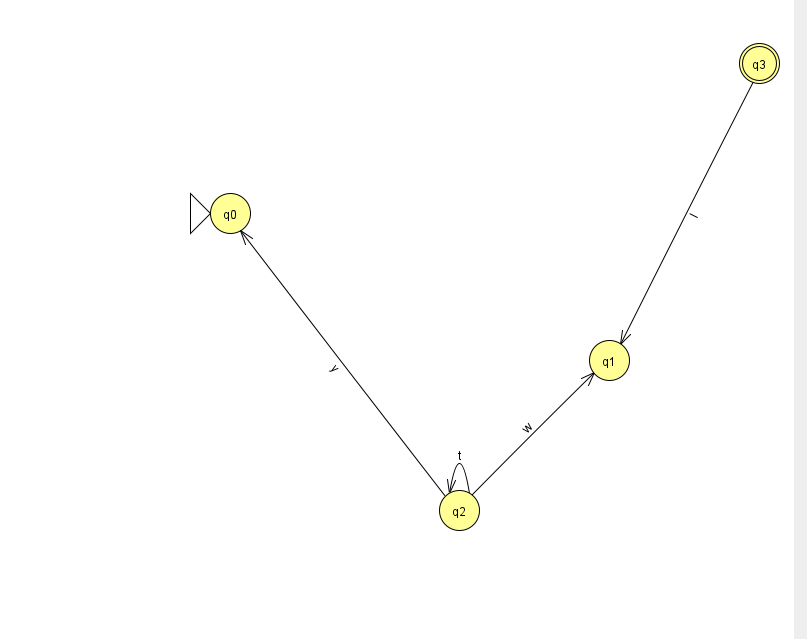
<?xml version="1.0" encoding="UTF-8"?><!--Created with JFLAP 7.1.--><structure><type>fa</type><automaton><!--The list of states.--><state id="0" name="q0"><x>230.0</x><y>200.0</y><initial/></state><state id="1" name="q1"><x>609.0</x><y>347.0</y></state><state id="2" name="q2"><x>459.0</x><y>497.0</y></state><state id="3" name="q3"><x>759.0</x><y>50.0</y><final/></state><!--The list of transitions.--><transition><from>3</from><to>1</to><read>I</read></transition><transition><from>2</from><to>1</to><read>w</read></transition><transition><from>2</from><to>2</to><read>t</read></transition><transition><from>2</from><to>0</to><read>y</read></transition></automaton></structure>